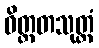
ဝိတ္ထတသုတ္တံ